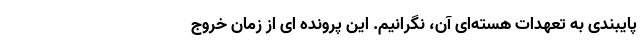
پایبندی به تعهدات هسته‌ای آن، نگرانیم. این پرونده ای از زمان خروج